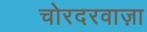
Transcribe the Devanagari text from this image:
चोरदरवाज़ा